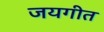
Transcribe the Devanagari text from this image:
जयगीत